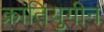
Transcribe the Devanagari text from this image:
क्रांतियुगीन